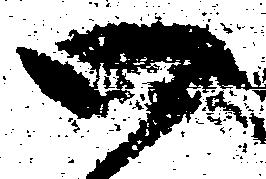
候